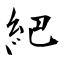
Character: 紦